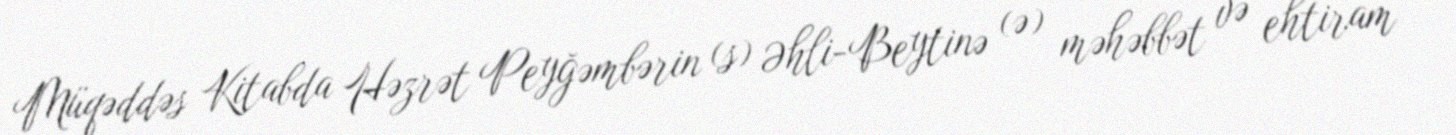
Müqəddəs Kitabda Həzrət Peyğəmbərin (s) Əhli-Beytinə (ə) məhəbbət və ehtiram